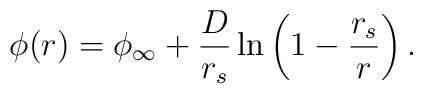
\phi(r)=\phi_{\infty}+{D\over r_s}\ln\left( 1-{r_s\over r}\right).